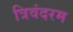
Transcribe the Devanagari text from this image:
त्रिवंदरम